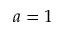
a = 1